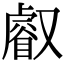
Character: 𠮉